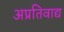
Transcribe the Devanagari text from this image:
अप्रतिवाद्य